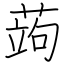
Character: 蒟